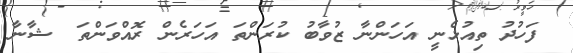
ފަހުދު ތިއުޅެނީ އަހަންނާ ޒުވާބު ކުރަންތަ އަހަރެން ރޮއްވަންތަ  ޝާނާ